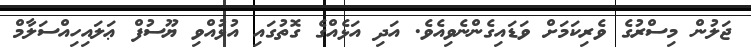
ޖަލުން މިސްރުގެ ވެރިކަމަށް ވަޑައިގެންނެވިއެވެ. އަދި އަޅެއްގެ ގޮތުގައި އުޅުއްވި ޔޫސުފް ޢަލައިހިއްސަލާމް